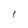
Character: I